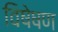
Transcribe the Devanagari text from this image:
विषेषण